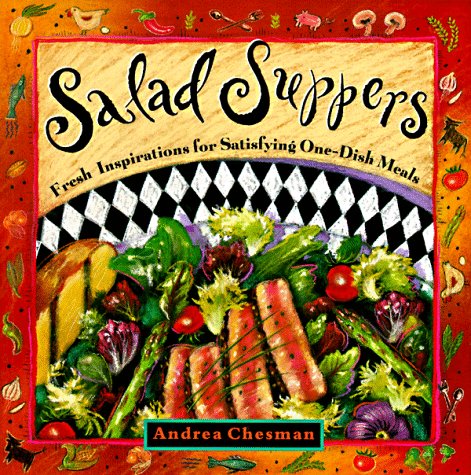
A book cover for Salad Suppers: Fresh Inspirations for Satisfying One-Dish Meals; Andrea Chesman; Cookbooks, Food & Wine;